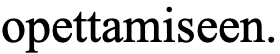
opettamiseen.